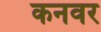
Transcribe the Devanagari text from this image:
कनवर